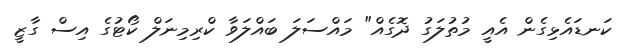
ކަނޑައެޅިގެން އެއީ މުތުލަގު ދޮގެއް" މައްސަލަ ބައްލަވާ ކްރިމިނަލް ކޯޓުގެ އިސް ގާޒީ